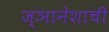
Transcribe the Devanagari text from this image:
ज्ञानेशाची